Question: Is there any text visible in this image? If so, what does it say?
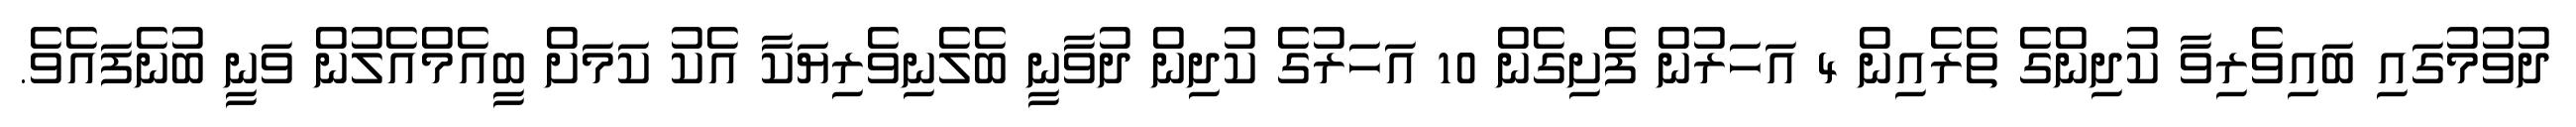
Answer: ދުވުމުގައި ބައިވެރިވާ ކުދިންގެ ތެރެއިން 4 އަހަރުން ފެށިގެން 10 އަހަރުގެ ކުދިން ދުވާނީ ބެލެނިވެރިޔަކާ އެކު ކަމަށް ބީއެމްއެލުން ވަނީ ބުނެފައެވެ.